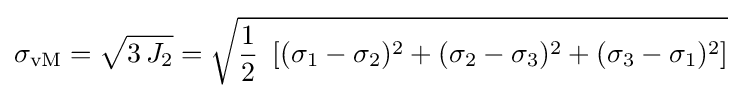
\sigma _{\text{vM}}={\sqrt {3\,J_{2}}}={\sqrt {{\frac {1}{2}}~\left[(\sigma _{1}-\sigma _{2})^{2}+(\sigma _{2}-\sigma _{3})^{2}+(\sigma _{3}-\sigma _{1})^{2}\right]}}